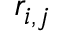
r _ { i , j }